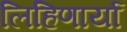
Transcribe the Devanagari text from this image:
लिहिणार्या